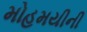
મોહમયીની